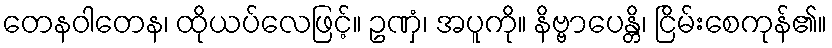
တေနဝါတေန၊ ထိုယပ်လေဖြင့်။ ဥဏှံ၊ အပူကို။ နိဗ္ဗာပေန္တိ၊ ငြိမ်းစေကုန်၏။